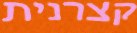
קצרנית